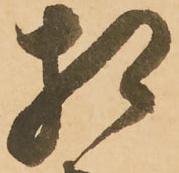
相